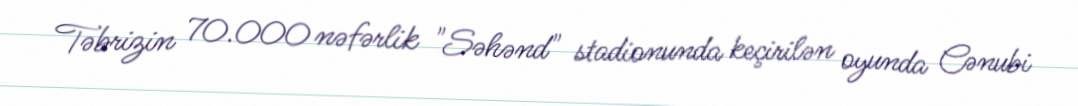
Təbrizin 70.000 nəfərlik "Səhənd" stadionunda keçirilən oyunda Cənubi